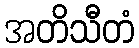
အတိသီတံ